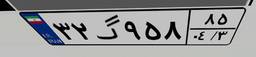
۳۲گ۹۵۸۸۵